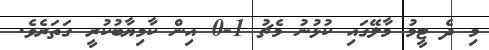
މި ދެ ޓީމު މާލޭގައި ކުޅުނު މެޗު 1-0 އިން ކާމިޔާބުކުރީ ގަތަރެވެ.